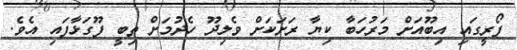
ފޯރީގައި އިބޫއަށް މަރުހަބާ ކިޔާ ރަށަކަށް ވެލިދޫ ހެދުމަށް ތިބީ ފޫގަޅާފައި އެވެ.